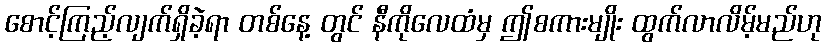
စောင့်ကြည့်လျက်ရှိခဲ့ရာ တစ်နေ့ တွင် နီကိုလေထံမှ ဤစကားမျိုး ထွက်လာလိမ့်မည်ဟု